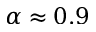
\alpha \approx 0 . 9